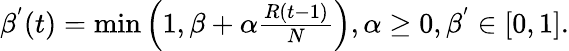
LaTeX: \begin{array}{r}{\beta^{'}(t)=\operatorname*{min}\left(1,\beta+\alpha\frac{R(t-1)}{N}\right),\alpha\geq 0,\beta^{'}\in\left[0,1\right].}\end{array}